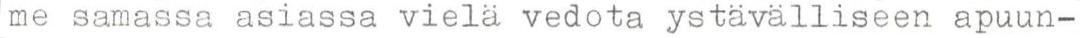
me samassa asiassa vielä vedota ystävälliseen apuun-